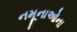
નમૂનાઓના